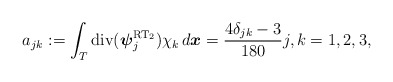
\begin{align*} a_{jk} := \int_{T} \mathrm{div}({\boldsymbol\psi}^{\mathrm{RT}_2}_{j}) \chi_k \, d{\boldsymbol x} = \frac{4\delta_{jk}-3}{180} j,k = 1,2,3, \end{align*}